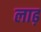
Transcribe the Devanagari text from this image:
लाढ़